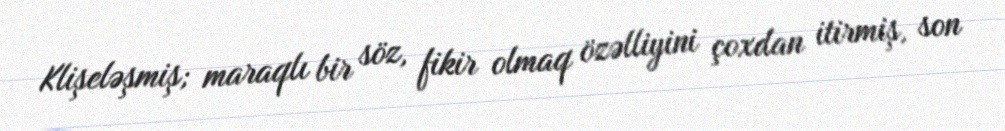
Klişeləşmiş; maraqlı bir söz, fikir olmaq özəlliyini çoxdan itirmiş, son